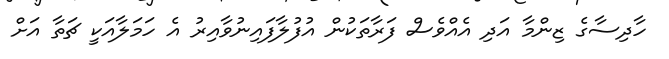
ހާދިސާގެ ޒިންމާ އަދި އެއްވެސް ފަރާތަކުން އުފުލާފައިނުވާއިރު އެ ހަމަލާއަކީ ޗަތާ އަށް